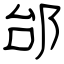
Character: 邰